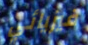
فيزيائي